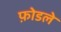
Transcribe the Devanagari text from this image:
फ़ोडले